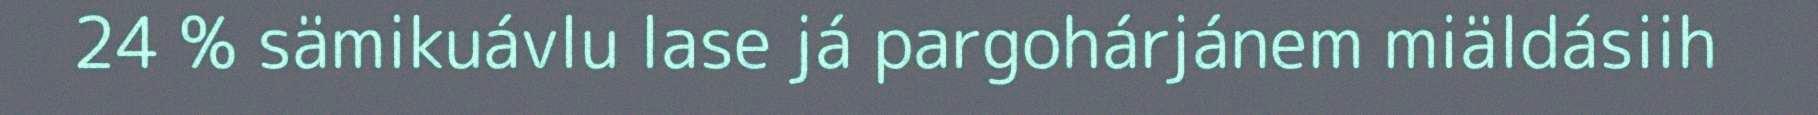
24 % sämikuávlu lase já pargohárjánem miäldásiih